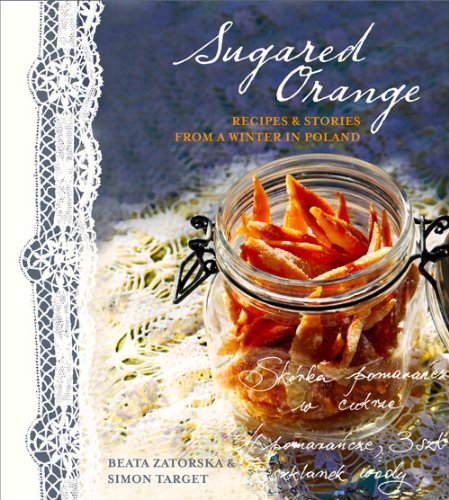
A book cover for Sugared Orange: Recipes & Stories from a Winter in Poland; Beata Zatorska; Travel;